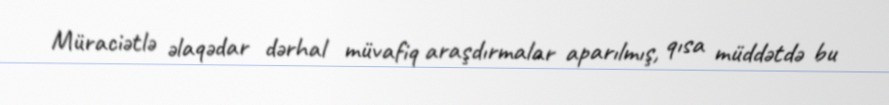
Müraciətlə əlaqədar dərhal müvafiq araşdırmalar aparılmış, qısa müddətdə bu